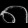
Digit: ၈